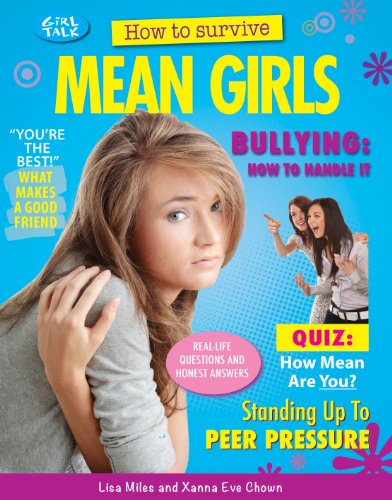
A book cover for How to Survive Mean Girls (Girl Talk); Lisa Miles; Teen & Young Adult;